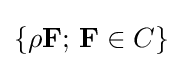
\{\rho \mathbf {F} ;\,\mathbf {F} \in C\}